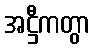
အဋ္ဌီကတွာ